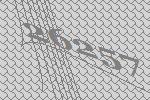
26257